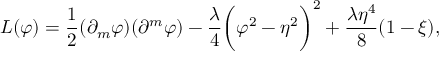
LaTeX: { \cal L } ( \varphi ) = \frac { 1 } { 2 } ( \partial _ { m } \varphi ) ( \partial ^ { m } \varphi ) - \frac { \lambda } { 4 } \biggl ( \varphi ^ { 2 } - \eta ^ { 2 } \biggr ) ^ { 2 } + \frac { \lambda \eta ^ { 4 } } { 8 } ( 1 - \xi ) ,